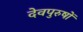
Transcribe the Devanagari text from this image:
देवपुरुषों